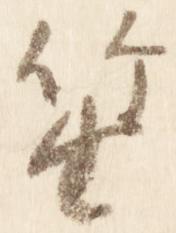
笙